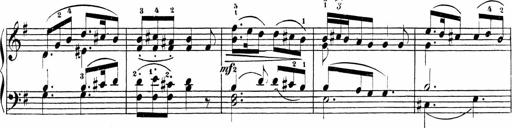
Title: Sonatinas
Composer: Andrew Violette